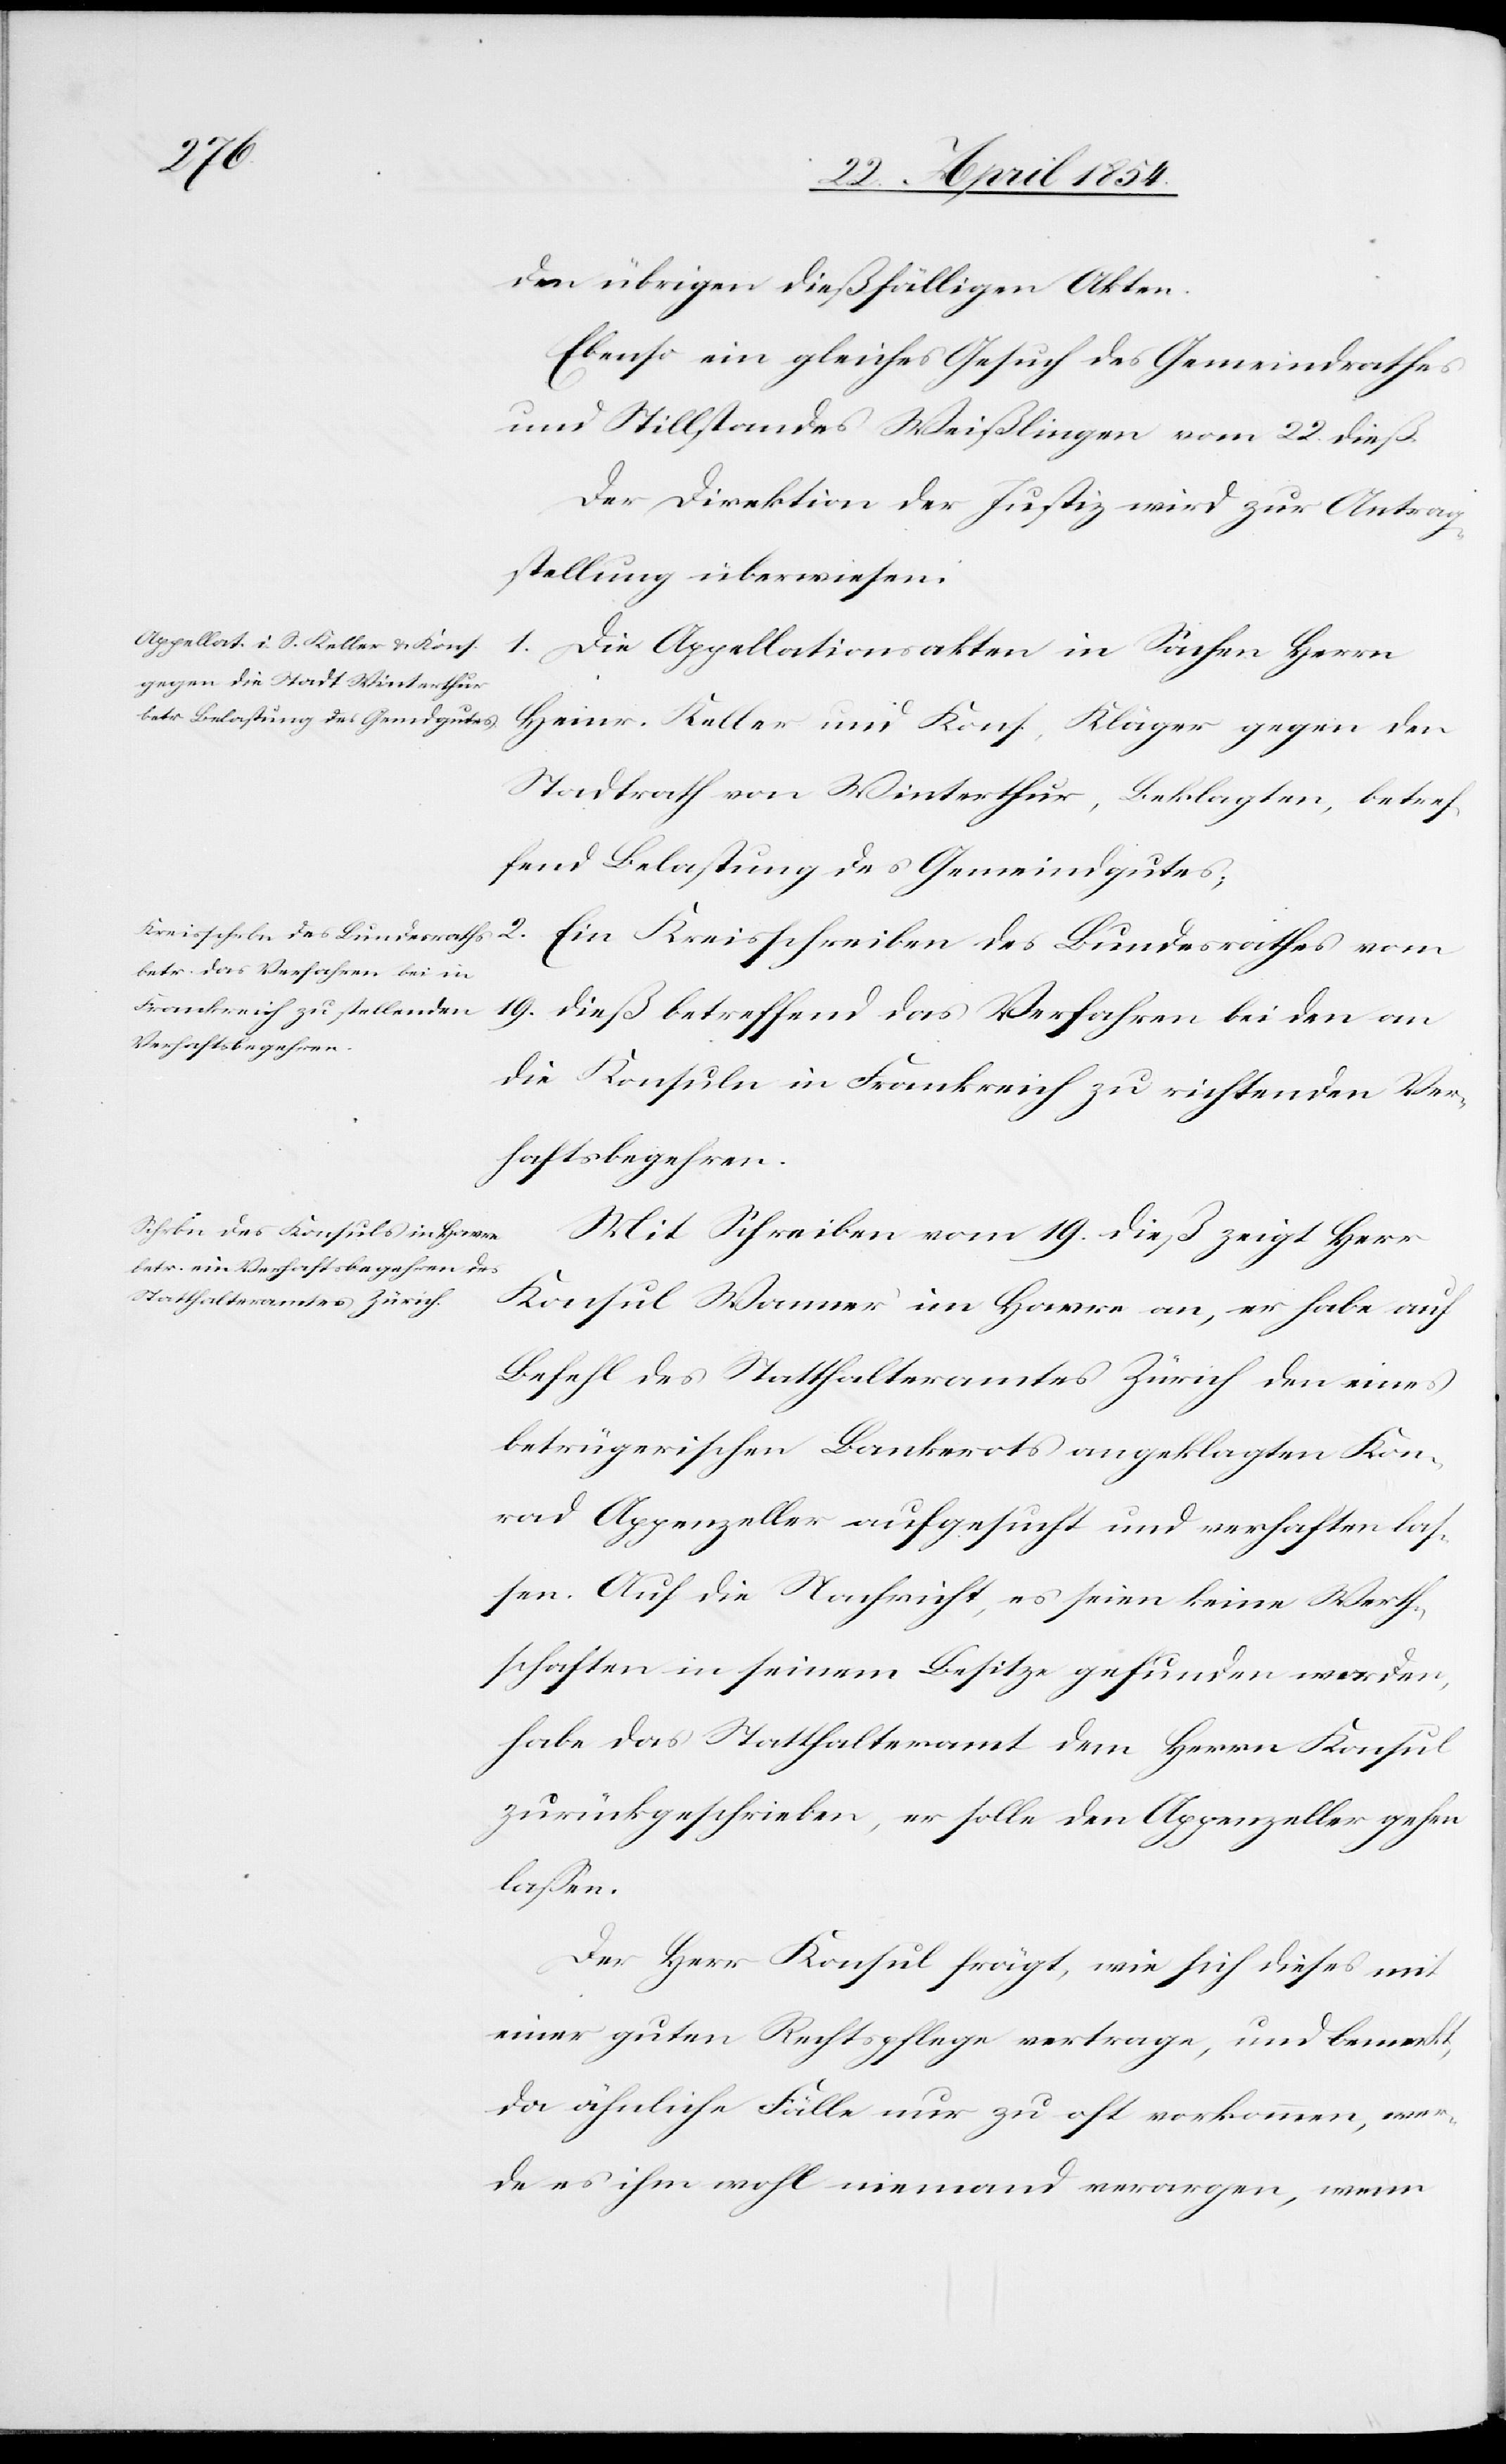
25. April 1854.]
den übrigen dießfälligen Akten.
Ebenso ein gleiches Gesuch des Gemeindrathes
und Stillstandes Weißlingen vom 22. dieß.
Der Direktion der Justiz wird zur Antrag¬
stellung überwiesen.
1. Die Appellationsakten in Sachen Herrn
Heinr. Keller und Kons., Kläger gegen den
Stadtrath von Winterthur, Beklagten, betref¬
fend Belastung des Gemeindgutes;
Kreisschreiben des Bundesrathes vom 19. dieß betreffend das Verfahren bei
die Konsule in Frankreich zu richtenden Ver¬
haftsbegehren.
Mit Schreiben vom 19. dieß zeigt Herr
Konsul Wanner im Havre an, er habe auf
Befehl des Statthalteramtes Zürich den eines
betrügerischen Bankerots angeklagten Kon¬
rad Appenzeller aufgesucht und verhaften laß¬
en. Auf die Nachricht, es seien keine Werth¬
schaften in seinem Besitze gefunden worden,
habe das Statthalteramt dem Herrn Konsul
zurückgeschrieben, er solle den Appenzeller gehen
laßen.
Der Herr Konsul frägt, wie sich dieses mit
einer guten Rechtspflege vertragen, und bemerkt,
da ähnliche Fälle nur zu oft vorkommen, wer¬
de es ihm wohl niemand verargen, wenn